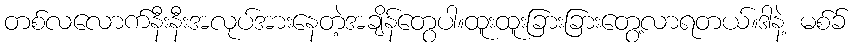
တစ်လလောက်နီးနီးအလုပ်အားနေတဲ့အချိန်တွေပါ။ထူးထူးခြားခြားတွေ့လာရတယ်။ဒါနဲ့ မစ်ခ်